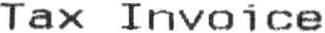
TAX INVOICE